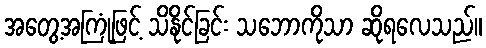
အတွေ့အကြုံဖြင့် သိနိုင်ခြင်း သဘောကိုသာ ဆိုရလေသည်။